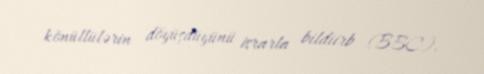
könüllülərin döyüşdüyünü israrla bildiirb (BBC).